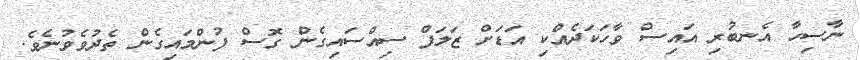
ނާސިހާ އެނބުރި އައިސް ވާހަކަދެއްކި އަޑަށް ޒަލަފް ސިއްސައިގެން ގޮސް ފުންމައިގެން ތެދުވެވުނެވެ.